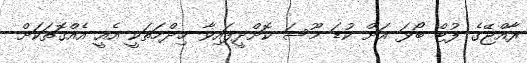
ރާއްޖޭގެ ފުޓް ބޯޅަ އަށް ކުޑަ މޫސަ ކޮށްދީފައިވާ ޚިދްމަތަކީ އެއީ އެއްގޮތަކަށް